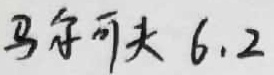
马尔可夫 6.2